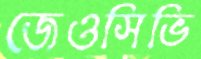
জেওসিভি